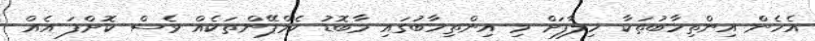
އެހެން އިންތިހާބުތަކާ ހިލާފަށް މި އިންތިހާބުގައި މާބޮޑު ކެމްޕޭންތަކެއް ވެސް ކޮށްފަ އެއް